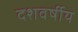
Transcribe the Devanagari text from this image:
दशवर्षीय